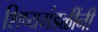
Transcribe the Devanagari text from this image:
शिष्यमंडळींनी